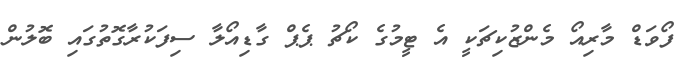
ފޯވަޑް މާރިއޯ މެންޒުކިޗަކީ އެ ޓީމުގެ ކޯޗު ޕެޕް ގާޑިއޯލާ ސިފަކުރާގޮތުގައި ބޮލުން